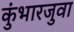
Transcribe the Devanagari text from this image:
कुंभारजुवा